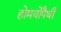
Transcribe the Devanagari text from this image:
होमयोपैथी